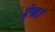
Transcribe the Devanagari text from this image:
ऐन्ना